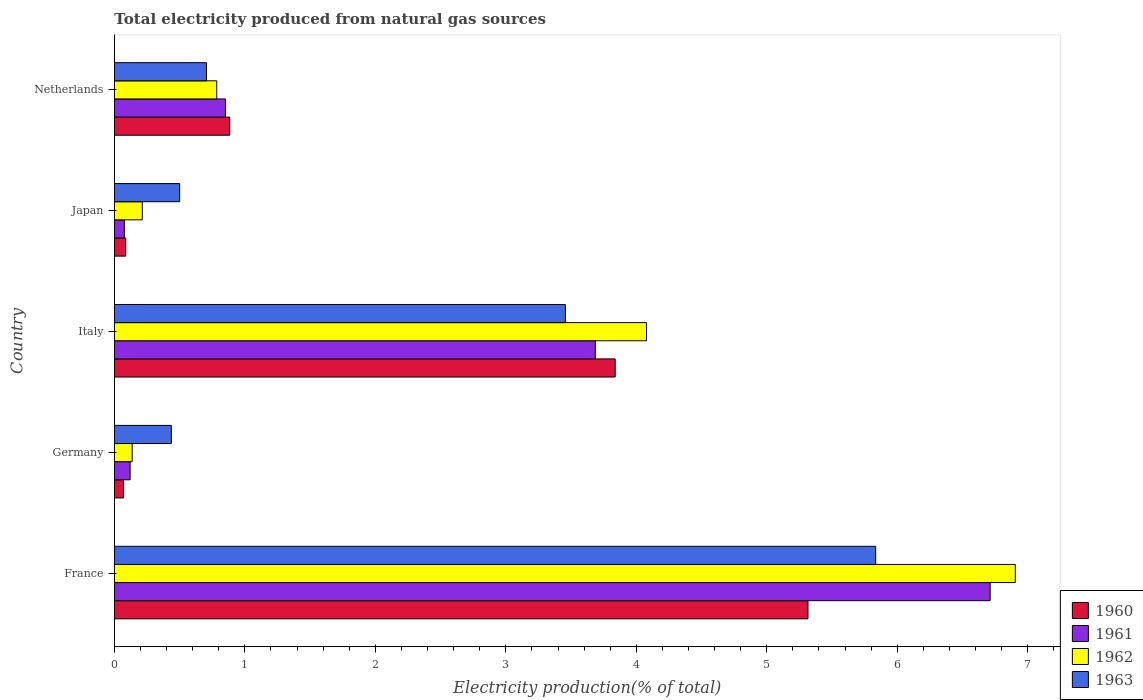
| Country | 1960 | 1961 | 1962 | 1963 |
 | --- | --- | --- | --- | --- |
 | France | 5.32 | 6.71 | 6.91 | 5.83 |
 | Germany | 0.0703 | 0.12 | 0.136 | 0.436 |
 | Italy | 3.84 | 3.69 | 4.08 | 3.46 |
 | Japan | 0.0866 | 0.0757 | 0.214 | 0.5 |
 | Netherlands | 0.884 | 0.851 | 0.784 | 0.705 |